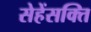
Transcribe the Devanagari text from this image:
सेहेंसक्ति